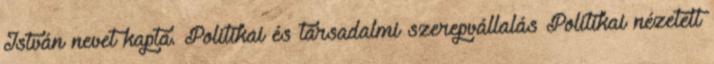
István nevet kapta. Politikai és társadalmi szerepvállalás Politikai nézeteit